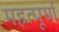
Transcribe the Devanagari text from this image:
महत्‍पूर्ण